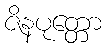
ဇိနပုတ္တော